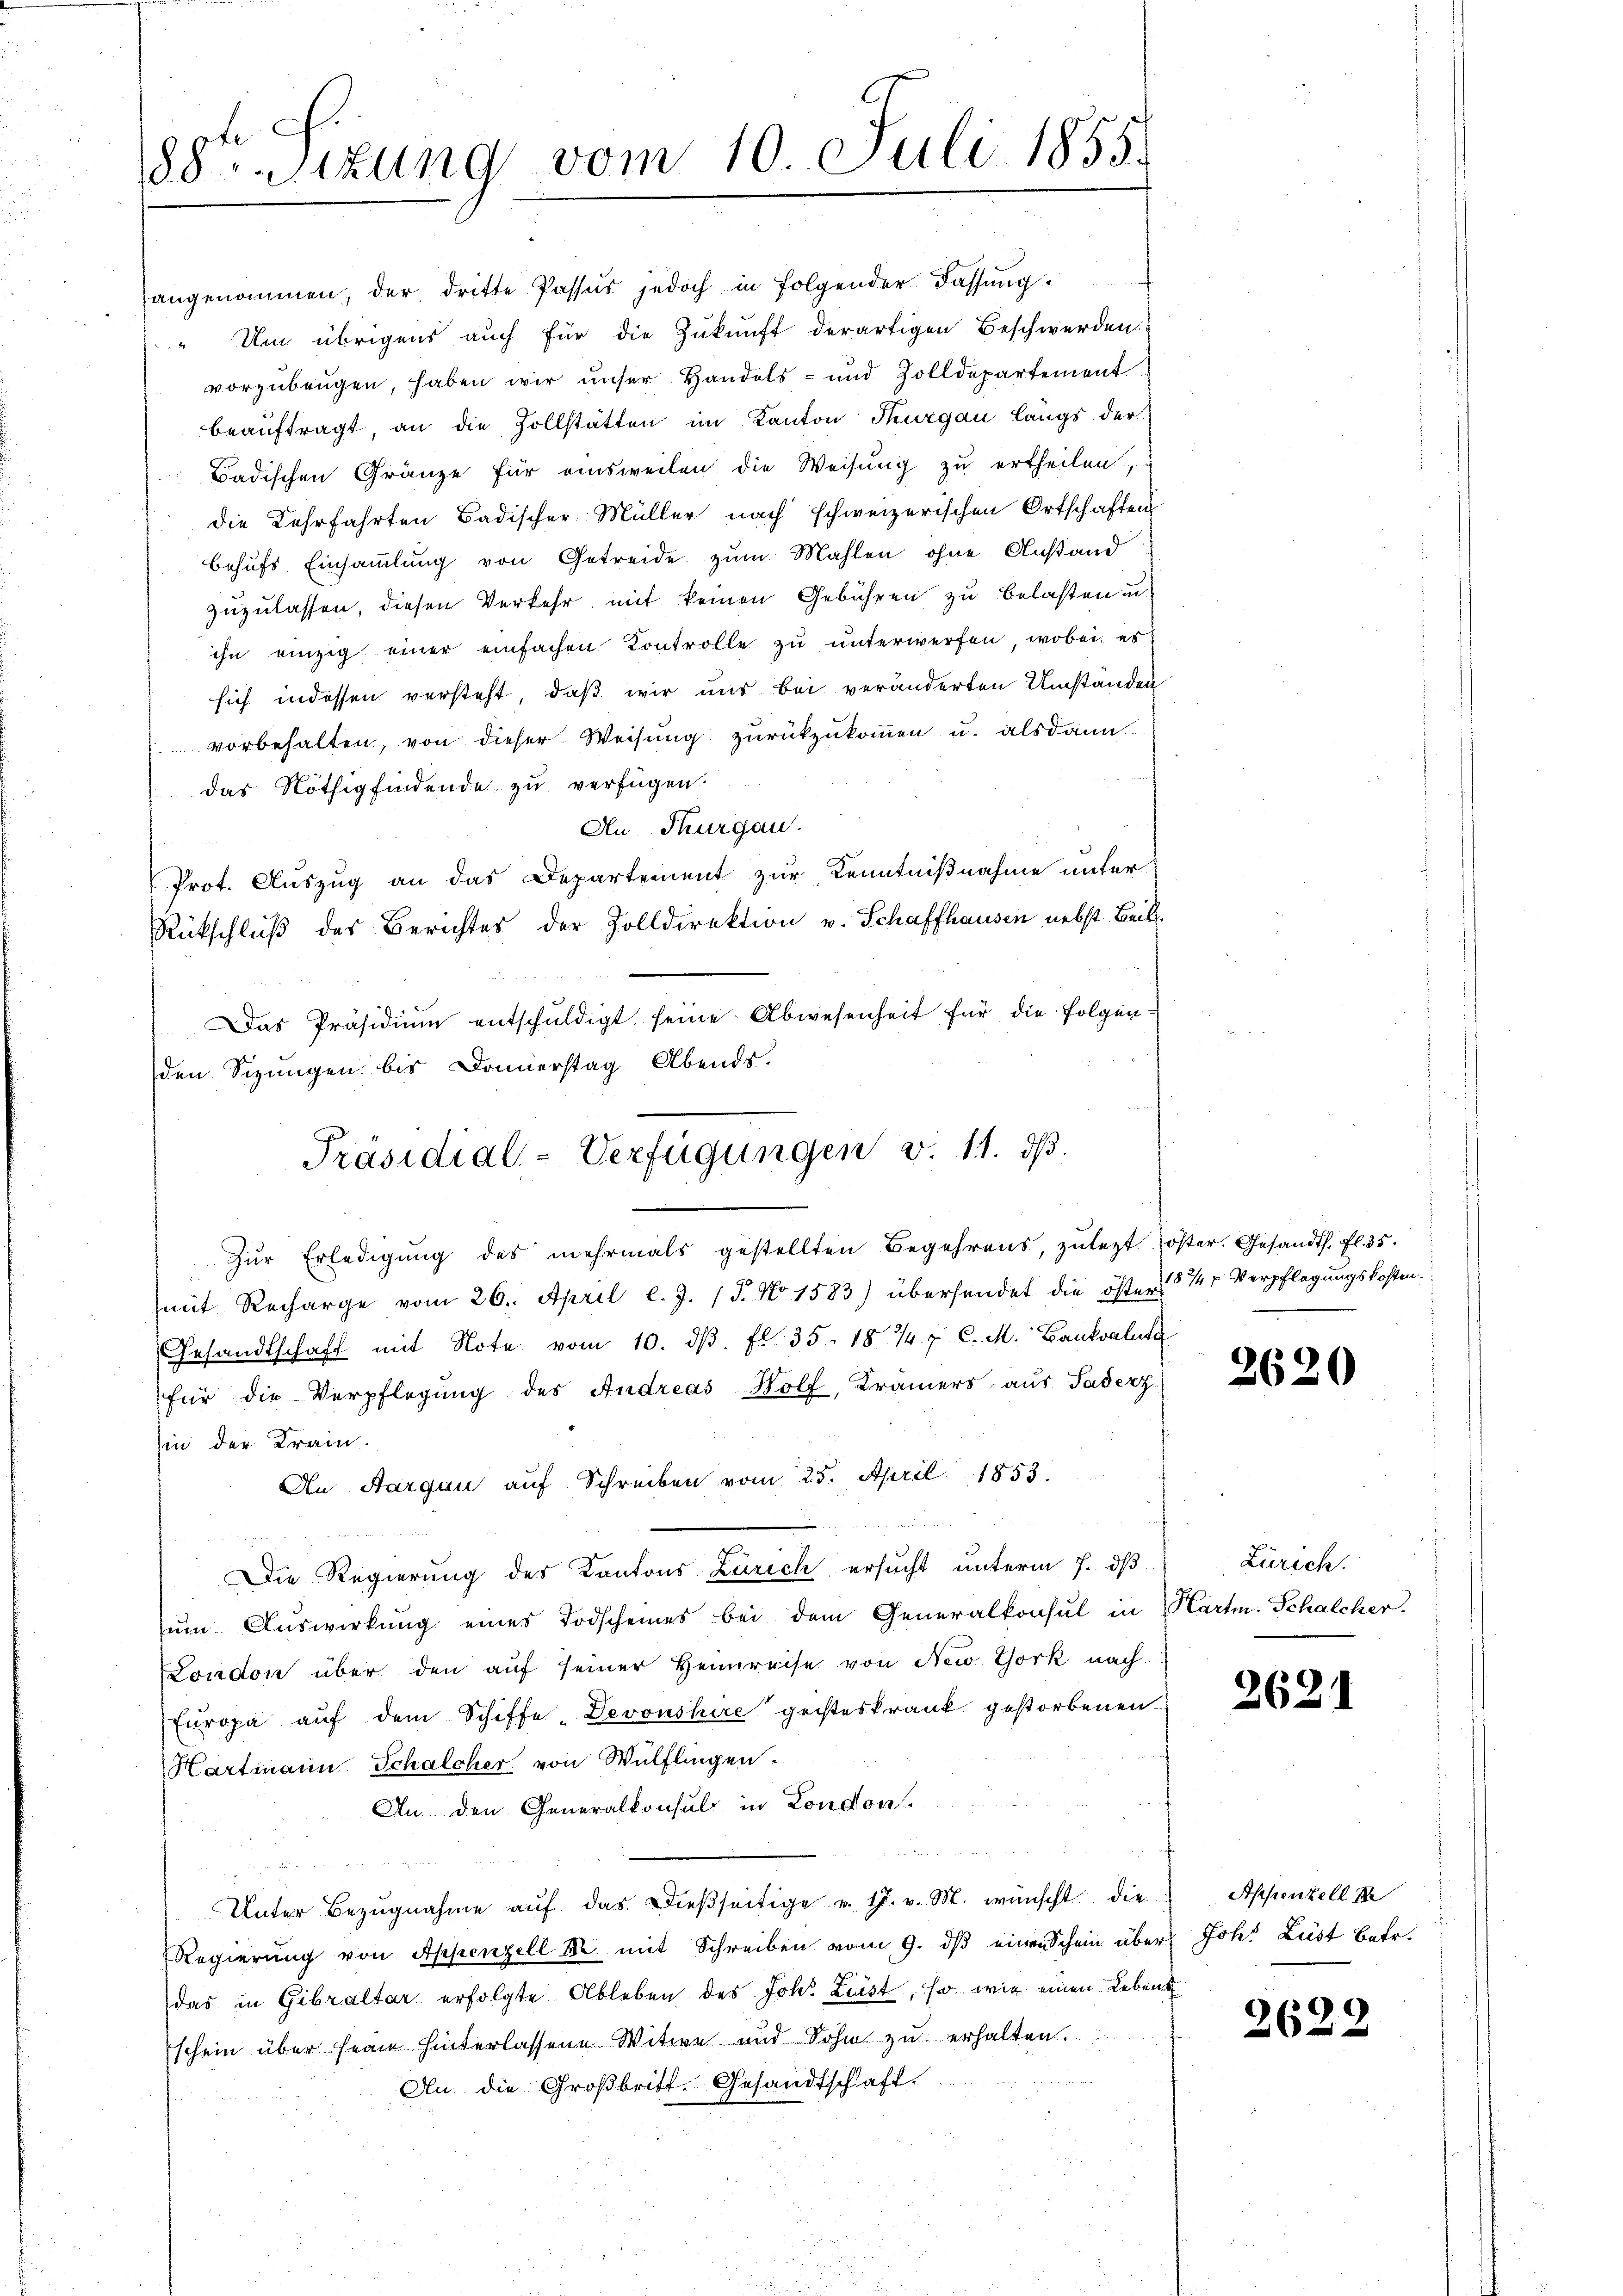
88 sizung vom 10. Juli 1855.

Präsidial-Verfügungen v. 11. dß.
Zŭr Erledigŭng des mehrmals gestellten Begehrens, zulezt oster. Gesandth. fl. 35.

angenommen, der dritte Passus jedoch in Folgender Fassung
" Um übrigens auch für die Zukunft derartigen Beschwerden.
vorzubeugen, haben wir unser Handels- und Zolldepartement
beaŭftragt an die Zollstätten im Kanton Thurgau längs der
Badischen Gränze für einsweilen die Weisung zu ertheilen,
die Lehrfahrten Badischer Müller nach schweizerischen Ortschaften
behufs Einsammlung von Getreide zum Mahlen, ohne Anstand
zuzulassen, diesen Verkehr mit keinen Gebühren zu belasten u.
ihn einzig einer einfachen Kontrolle zŭ ŭnterwerfen, wobei es
sich indessen versteht, daß wir uns bei veränderten Umständen
vorbehalten, von dieser Weisŭng zŭrückzŭkoṁen u. alsdann
das Nöthig findende zu verfügen.
An Thurgau.
Prot. Auszug an das Departement zur Kenntnißnahme unter
Rückschluß des Berichtes der Zolldirektion v. Schaffhausen nebst Beil.
Das Präsidium entschuldigt seine Abwesenheit für die folgenden Sizungen bis Donnerstag Abends.
mit Recharge vom 26. April l. J. (T. No 1583) übersendet die öster 5 ½ u Verpflegungskosten.
Gesandtschaft mit Note vom 10. dβ. fl. 35. 18 1/4 f. C. M. Bankvaluta
für die Verpflegung des Andreas Holf, Krämers aus Paderz
zin der Krain.
An Aargau auf Schreiben vom 25. April 1853.

Die Regierung des Kantons Zürich ersucht unterm 7. dβ
um Auswirkung eines Todscheines bei dem Generalkonsul in
London über den auf seiner Heimreise von New York nach
Europa auf dem Schiffe-Devonshire geisteskrank gestorbenen
Hartmann Schalcher von Wülflingen.
An den Generalkonsul in London.
u
Unter Bezŭgnahme aŭf das dießseitige u. 17. v. M. wünscht die Appenzell I
Regierung von Appenzell I. mit Schreiben vom 9. dβ einen Schein über Joh. Lust betr.
das in Gibraltar erfolgte Ableben des Johes Leist, so wie einen Leben
schein über seine hinterlassene Witwe und Sohn zŭ erhalten.
Au. die Großbritt. Gesandtschaft.

2620

Zürich.
Karten. Schalcher.

2621

2622